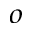
^ o